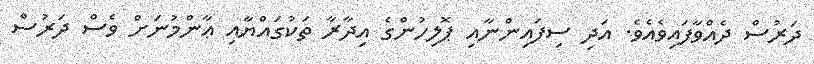
ދަރުސް ދެއްވާފައިވެއެވެ. އަދި ސިފައިންނާއި ޕޮލިހުންގެ އިދާރާ ތަކުގައްޔާއި ޢާންމުނަށް ވެސް ދަރުސް